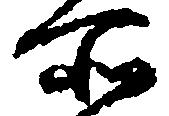
所